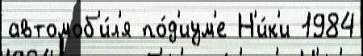
автомоб'и́л'я по́д'иум'е Н'и́к'и 1984